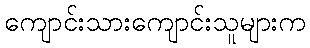
ကျောင်းသားကျောင်းသူများက